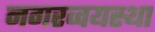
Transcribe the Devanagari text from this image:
नगरव्वयस्था